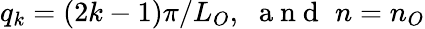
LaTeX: q_{k}=(2k-1)\pi/L_{O},\, \, \mathrm{~a~n~d~}\, \, n=n_{O}